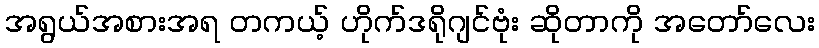
အရွယ်အစားအရ တကယ့် ဟိုက်ဒရိုဂျင်ဗုံး ဆိုတာကို အတော်လေး